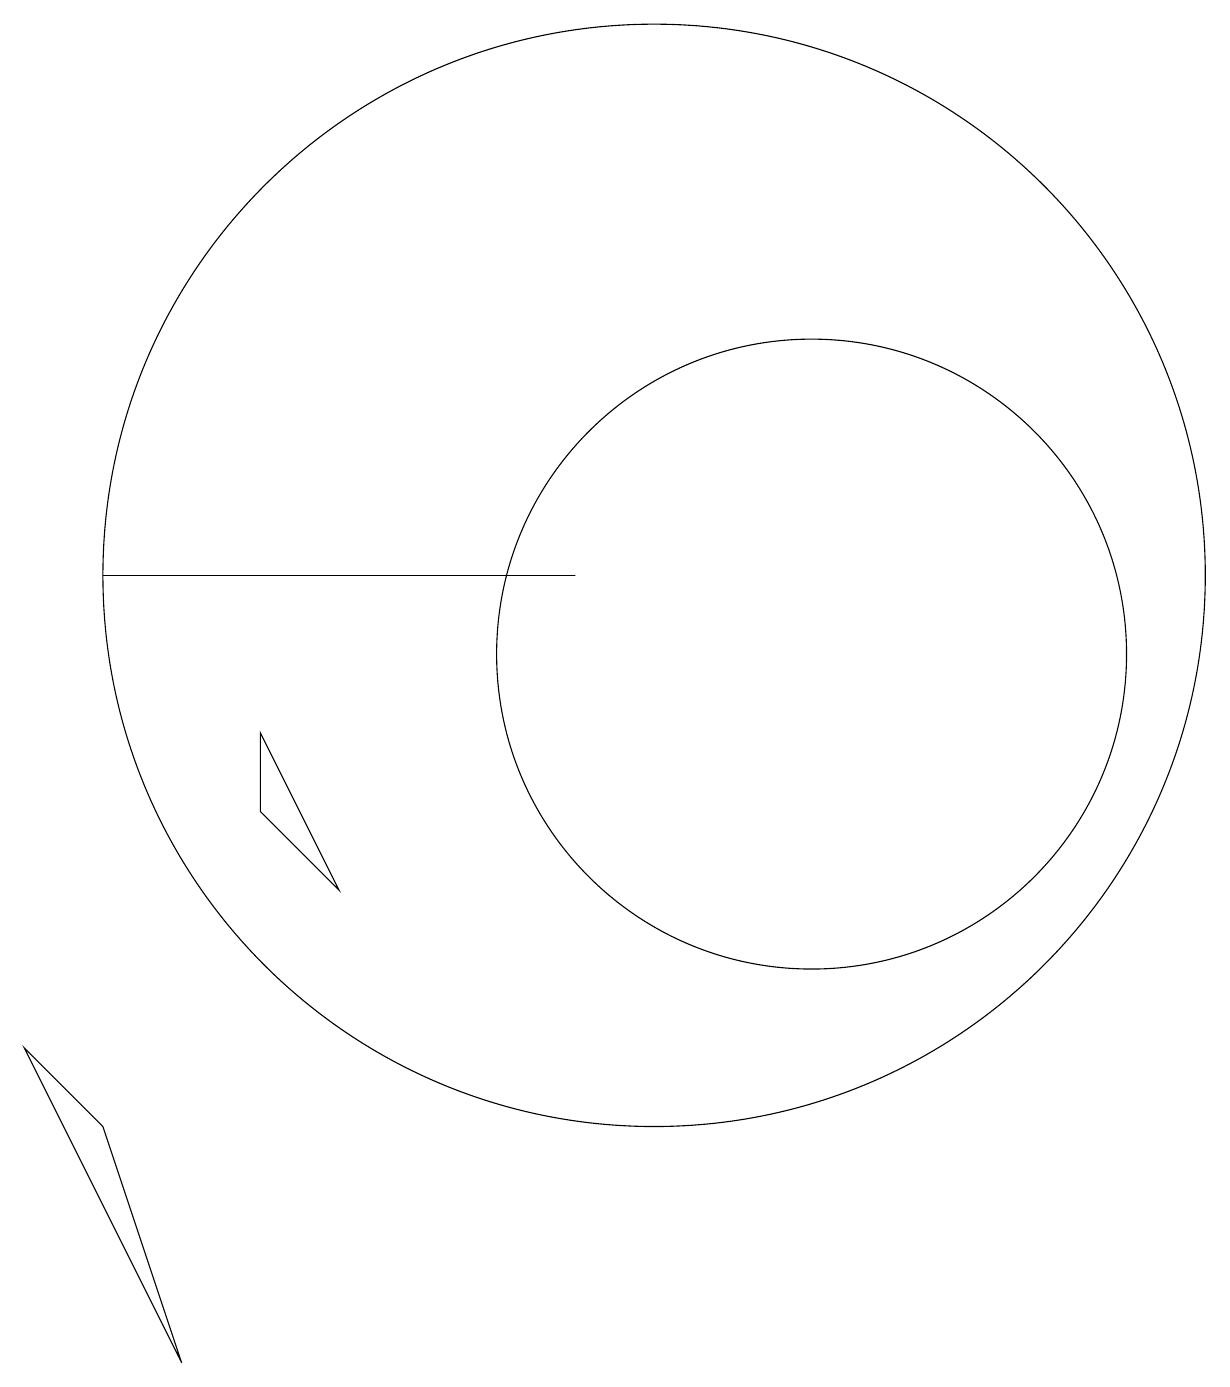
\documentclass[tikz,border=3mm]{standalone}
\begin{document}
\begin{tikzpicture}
\draw (2,5) -- (4,1) -- (3,4) -- cycle;
\draw (9,11) rectangle (3,11);
\draw (10,11) circle (7);
\draw (12,10) circle (4);
\draw (5,8) -- (5,9) -- (6,7) -- cycle;
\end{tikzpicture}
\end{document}